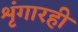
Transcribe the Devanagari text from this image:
शृंगारही